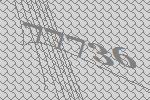
77736